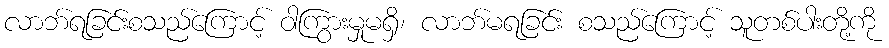
လာဘ်ရခြင်းစသည်ကြောင့် ဝါကြွားမှုမရှိ၊ လာဘ်မရခြင်း စသည်ကြောင့် သူတစ်ပါးတို့ကို